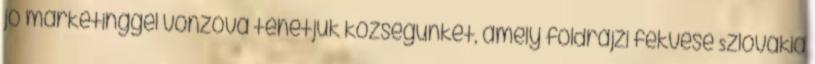
jó marketinggel vonzóvá tehetjük községünket, amely földrajzi fekvése Szlovákia